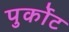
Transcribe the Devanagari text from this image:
पुर्कोट